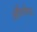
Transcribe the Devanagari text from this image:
ऑरेलेना